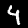
Label: 4